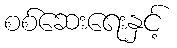
စစ်ဆေးရေးနှင့်